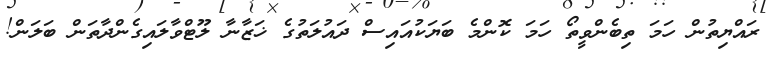
ރައްޔިތުން ހަމަ ތިބެންވީތޯ ހަމަ ކޮންމެ ބަޔަކުއައިސް ދައުލަތުގެ ޚަޒާނާ ލޫޓްވާލައިގެންދާތަން ބަލަން!